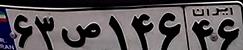
۶۳ص۱۴۶۴۶